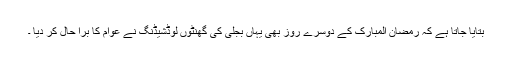
بتایا جاتا ہے کہ رمضان المبارک کے دوسرے روز بھی یہاں بجلی کی گھنٹوں لوڈشیڈنگ نے عوام کا برا حال کر دیا ۔